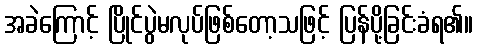
အခဲကြောင့် ပြိုင်ပွဲမလုပ်ဖြစ်တော့သဖြင့် ပြန်ပို့ခြင်းခံရ၏။